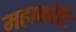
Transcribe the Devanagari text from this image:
महाकोटि